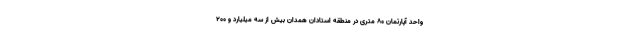
واحد آپارتمان ۸۰ متری در منطقه استادان همدان بیش از سه میلیارد و ۲۰۰